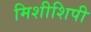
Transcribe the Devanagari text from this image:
मिशीशिपी